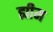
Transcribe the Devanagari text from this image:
ह्यीम